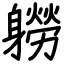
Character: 軂